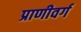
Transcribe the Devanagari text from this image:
प्राणीवर्ग